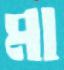
মা